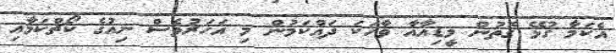
އެކަމާ ގުޅޭ ގޮތުން މީޑިއާއާ ވާހަކަ ދައްކަމުން މި އަހަރުވެސް ނިއުގެ ކޯޗްކަމާއި